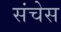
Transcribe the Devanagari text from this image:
संचेस